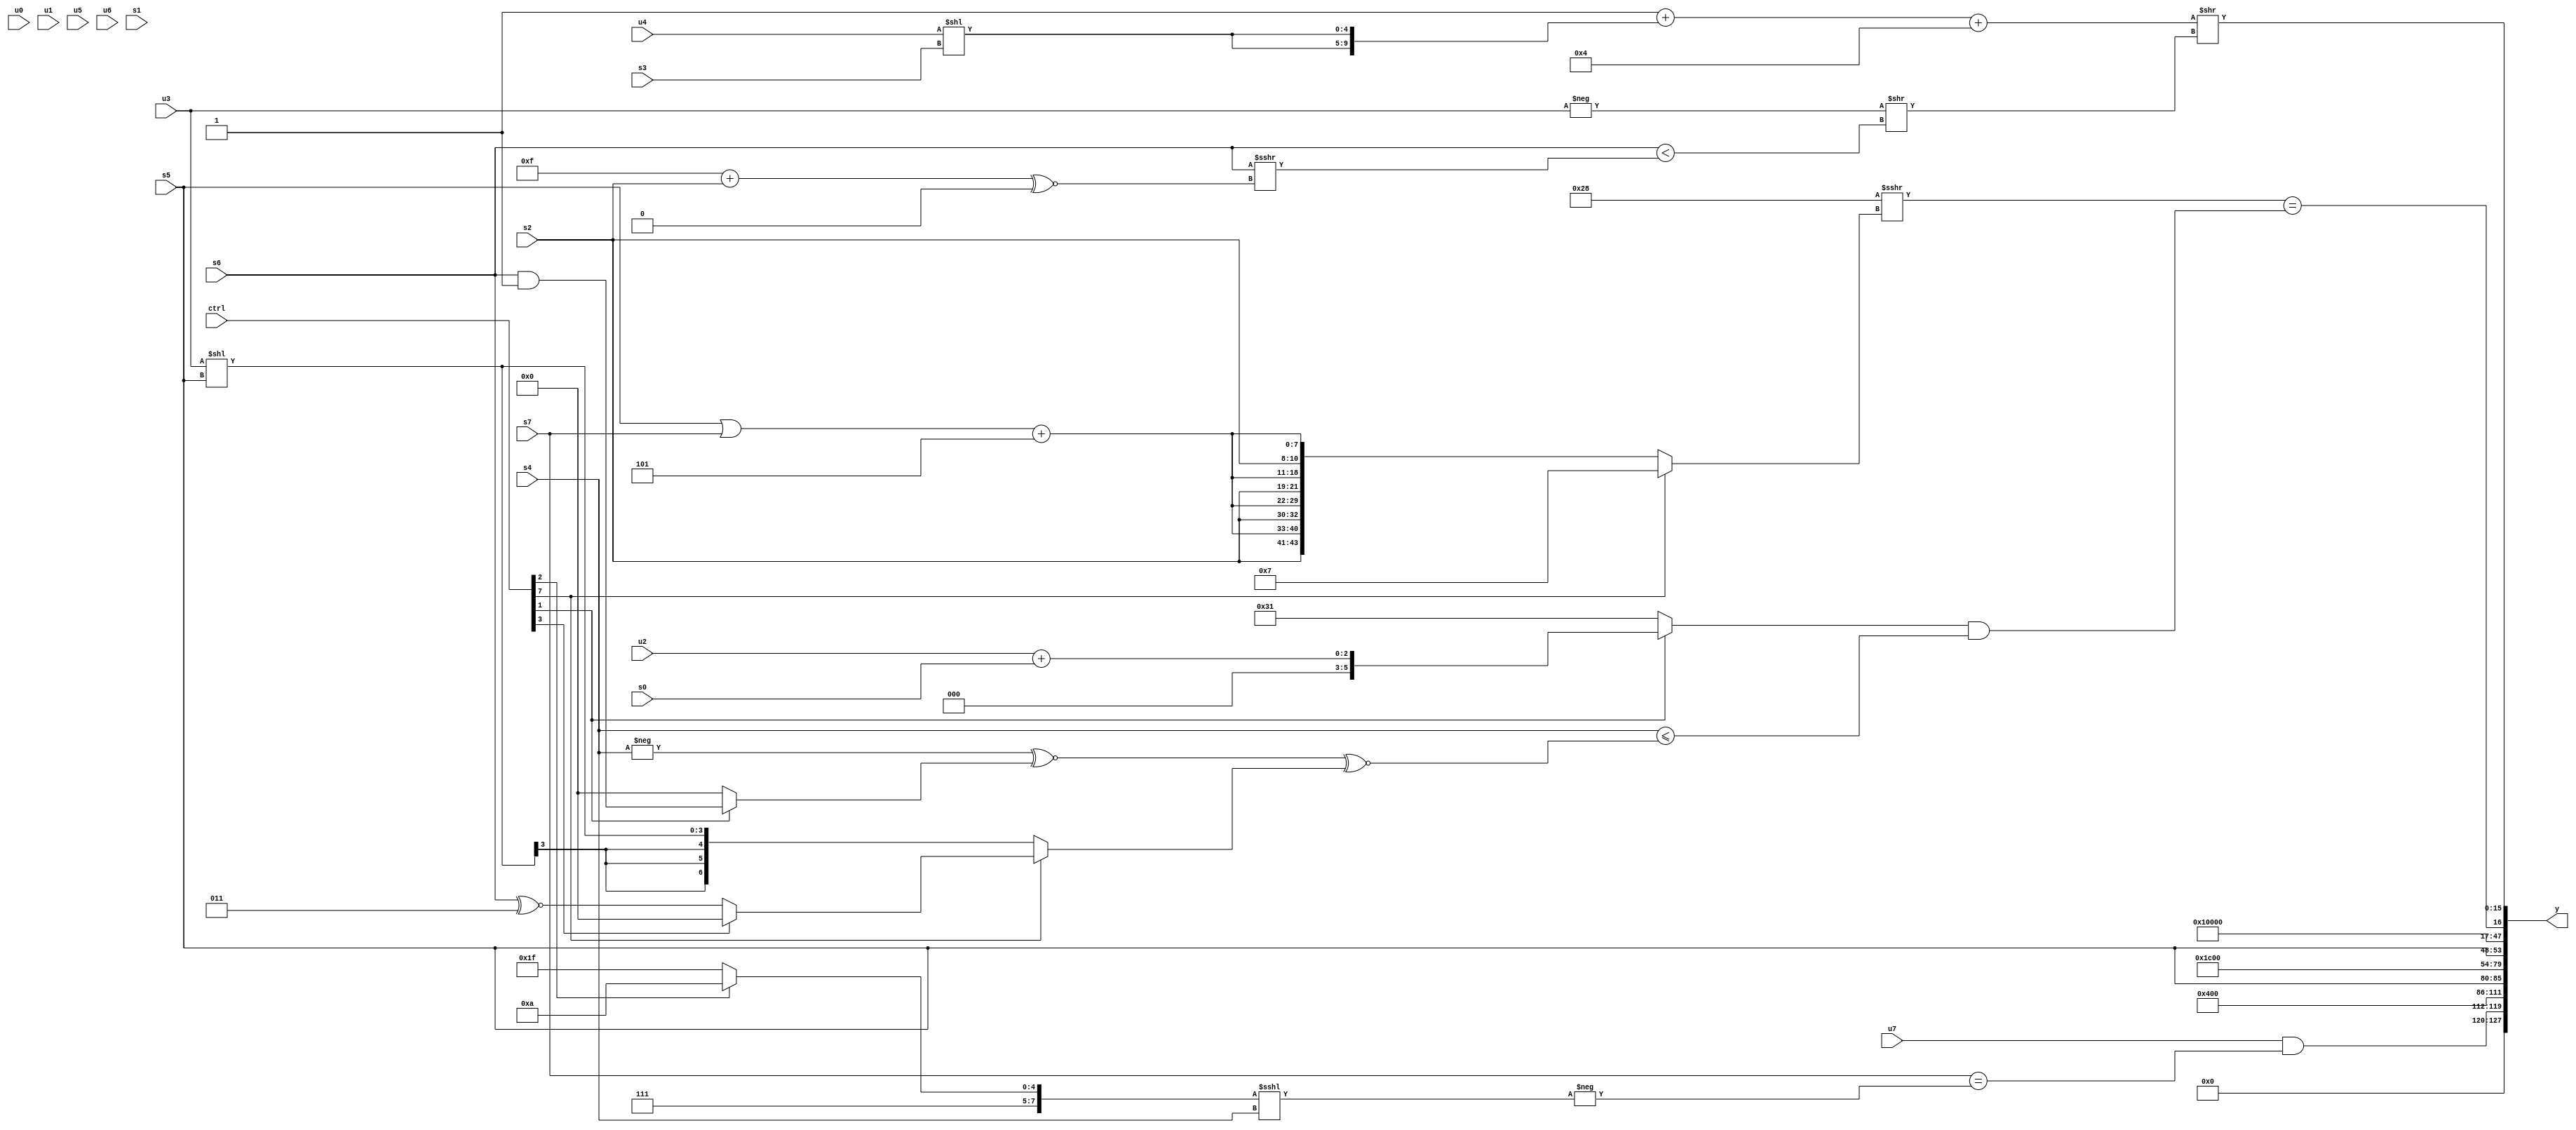
module wideexpr_00896(ctrl, u0, u1, u2, u3, u4, u5, u6, u7, s0, s1, s2, s3, s4, s5, s6, s7, y);
  input [7:0] ctrl;
  input [0:0] u0;
  input [1:0] u1;
  input [2:0] u2;
  input [3:0] u3;
  input [4:0] u4;
  input [5:0] u5;
  input [6:0] u6;
  input [7:0] u7;
  input signed [0:0] s0;
  input signed [1:0] s1;
  input signed [2:0] s2;
  input signed [3:0] s3;
  input signed [4:0] s4;
  input signed [5:0] s5;
  input signed [6:0] s6;
  input signed [7:0] s7;
  output [127:0] y;
  wire [15:0] y0;
  wire [15:0] y1;
  wire [15:0] y2;
  wire [15:0] y3;
  wire [15:0] y4;
  wire [15:0] y5;
  wire [15:0] y6;
  wire [15:0] y7;
  assign y = {y0,y1,y2,y3,y4,y5,y6,y7};
  assign y0 = ((u7)&((s7)==(-(((ctrl[2]?(5'sb10010)-(6'sb101000):-(1'b1)))<<<($signed({s4}))))))>>(-(!(4'b1100)));
  assign y1 = $signed(+(2'sb01));
  assign y2 = {1{$signed(+(s5))}};
  assign y3 = {1{4'sb0111}};
  assign y4 = $unsigned(s5);
  assign y5 = 3'sb010;
  assign y6 = (($signed(6'sb101000))>>>((ctrl[7]?5'sb00111:{{4{{$signed($signed(s2)),((s5)|(s7))+(4'sb1101)}}}})))==(((ctrl[1]?$signed($signed($signed($signed((u2)+(s0))))):$signed($signed(6'sb110001))))&(+((s4)<=((($signed(-(s4)))^~((ctrl[1]?(s6)&(2'sb11):$signed(3'sb000))))^~((ctrl[7]?(ctrl[3]?(s1)<<(6'sb001101):(s6)^~(3'sb011)):$signed((u3)<<(s5))))))));
  assign y7 = (((1'sb1)+($signed(+({2{(+(u4))<<(s3)}}))))+(6'sb000100))>>((-(u3))>>({1{(s6)<((s6)>>>(+(((6'b001111)+(s2))^~((3'sb000)>>>(5'sb10100)))))}}));
endmodule